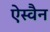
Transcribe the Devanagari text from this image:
ऐस्वैन